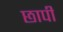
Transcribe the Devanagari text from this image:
छापीं